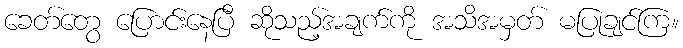
ခေတ်တွေ ပြောင်းနေပြီ ဆိုသည့်အချက်ကို အသိအမှတ် မပြုချင်ကြ။